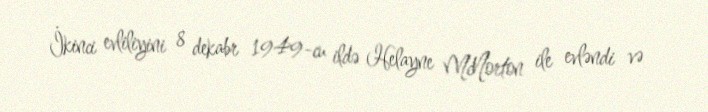
İkinci evliliyini 8 dekabr 1949-cu ildə Helayne McNorton ile evləndi və